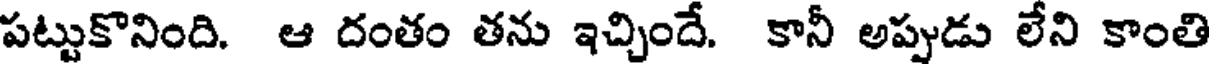
పట్టుకొనింది. ఆ దంతం తను ఇచ్చిందే. కానీ అప్పుడు లేని కాంతి